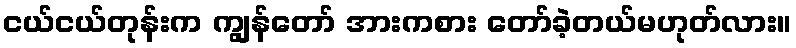
ငယ်ငယ်တုန်းက ကျွန်တော် အားကစား တော်ခဲ့တယ်မဟုတ်လား။